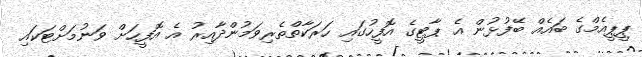
ޕީޕީއެމްގެ ބައެއް ބޭފުޅުން އެ ޕާޓީގެ އޮފީހުގައި ހަރަކާތްތެރިވަމުންދާއިރު އެ އޮފީހަށް ވަނުމަށްޓަކައި